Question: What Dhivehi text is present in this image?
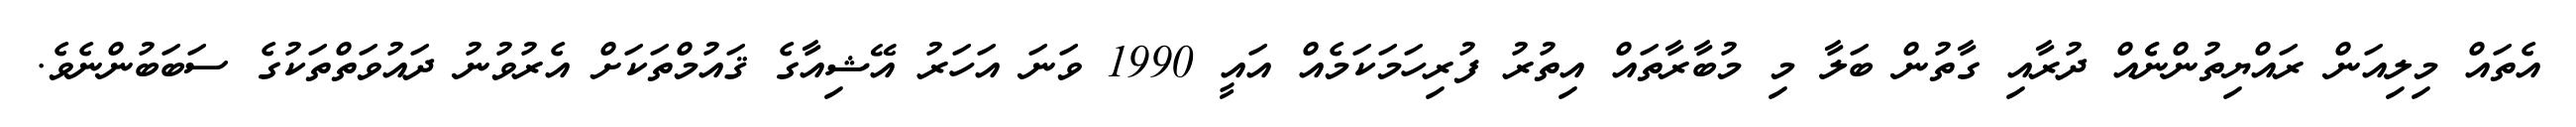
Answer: އެތައް މިލިއަން ރައްޔިތުންނެެއް ދުރާއި ގާތުން ބަލާ މި މުބާރާތައް އިތުރު ފުރިހަމަކަމެއް އައީ 1990 ވަނަ އަހަރު އޭޝިއާގެ ޤައުމްތަކަށް އެރުވުނު ދައުވަތްތަކުގެ ސަބަބުންނެވެ.